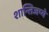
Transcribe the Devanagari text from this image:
शान्तिजप्ये